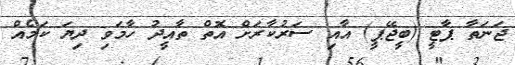
ޖަނަތާ ޕާޓީ (ބީޖޭޕީ) އާއި ސަރުކާރަށް އޮތް ތާއީދު ހާމަވި ދިޔަ ކަމެއް